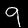
Label: 9